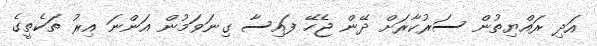
އަދި ރައްޔިތުން ސަރުކާރަށް ދޭން ޖެހޭ ފައިސާ ގިނަވަމުން އަންނަ އިރު ތަކެތީގެ